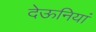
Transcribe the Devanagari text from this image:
देऊनियां